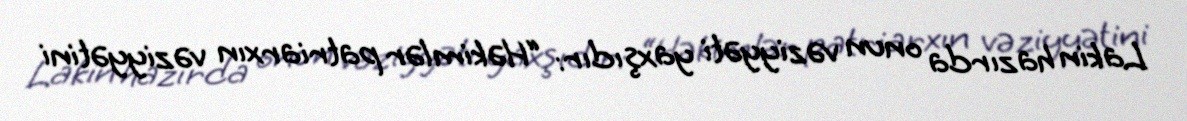
Lakin hazırda onun vəziyyəti yaxşıdır: “Həkimlər patriarxın vəziyyətini